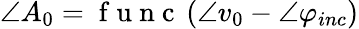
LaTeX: \angle A_{0}=\mathrm{~f~u~n~c~}\left(\angle v_{0}-\angle\varphi_{inc}\right)